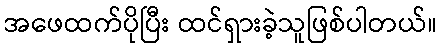
အဖေထက်ပိုပြီး ထင်ရှားခဲ့သူဖြစ်ပါတယ်။